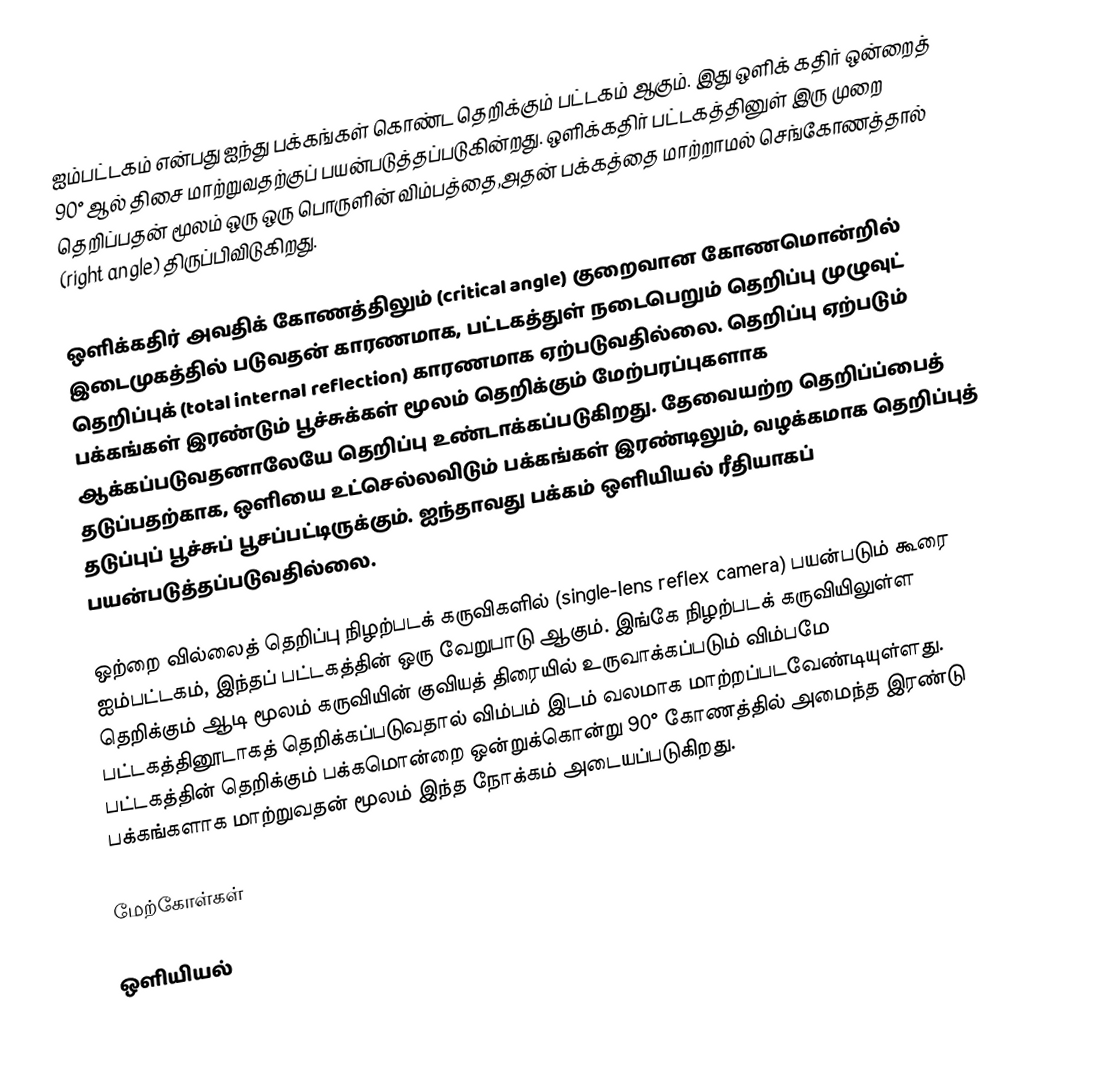
ஐம்பட்டகம் என்பது ஐந்து பக்கங்கள் கொண்ட தெறிக்கும் பட்டகம் ஆகும். இது ஒளிக் கதிர் ஒன்றைத் 90° ஆல் திசை மாற்றுவதற்குப் பயன்படுத்தப்படுகின்றது. ஒளிக்கதிர் பட்டகத்தினுள் இரு முறை தெறிப்பதன் மூலம் ஒரு ஒரு பொருளின் விம்பத்தை,அதன் பக்கத்தை மாற்றாமல் செங்கோணத்தால் (right angle) திருப்பிவிடுகிறது.

ஒளிக்கதிர் அவதிக் கோணத்திலும் (critical angle) குறைவான கோணமொன்றில் இடைமுகத்தில் படுவதன் காரணமாக, பட்டகத்துள் நடைபெறும் தெறிப்பு முழுவுட் தெறிப்புக் (total internal reflection) காரணமாக ஏற்படுவதில்லை. தெறிப்பு ஏற்படும் பக்கங்கள் இரண்டும் பூச்சுக்கள் மூலம் தெறிக்கும் மேற்பரப்புகளாக ஆக்கப்படுவதனாலேயே தெறிப்பு உண்டாக்கப்படுகிறது. தேவையற்ற தெறிப்ப்பைத் தடுப்பதற்காக, ஒளியை உட்செல்லவிடும் பக்கங்கள் இரண்டிலும், வழக்கமாக தெறிப்புத் தடுப்புப் பூச்சுப் பூசப்பட்டிருக்கும். ஐந்தாவது பக்கம் ஒளியியல் ரீதியாகப் பயன்படுத்தப்படுவதில்லை.

ஒற்றை வில்லைத் தெறிப்பு நிழற்படக் கருவிகளில் (single-lens reflex camera) பயன்படும் கூரை ஐம்பட்டகம், இந்தப் பட்டகத்தின் ஒரு வேறுபாடு ஆகும். இங்கே நிழற்படக் கருவியிலுள்ள தெறிக்கும் ஆடி மூலம் கருவியின் குவியத் திரையில் உருவாக்கப்படும் விம்பமே பட்டகத்தினூடாகத் தெறிக்கப்படுவதால் விம்பம் இடம் வலமாக மாற்றப்படவேண்டியுள்ளது. பட்டகத்தின் தெறிக்கும் பக்கமொன்றை ஒன்றுக்கொன்று 90° கோணத்தில் அமைந்த இரண்டு பக்கங்களாக மாற்றுவதன் மூலம் இந்த நோக்கம் அடையப்படுகிறது.

மேற்கோள்கள்

ஒளியியல்